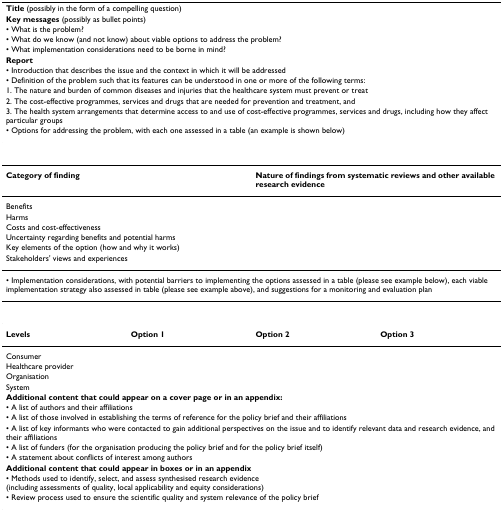
<table><thead><tr><td colspan="4"><b>Title (possibly in the form of a compelling question)</b></td></tr><tr><td colspan="4"><b>Key messages (possibly as bullet points)</b></td></tr><tr><td colspan="4"><b>• What is the problem?</b></td></tr><tr><td colspan="4"><b>• What do we know (and not know) about viable options to address the problem?</b></td></tr><tr><td colspan="4"><b>• What implementation considerations need to be borne in mind?</b></td></tr><tr><td colspan="4"><b>Report</b></td></tr><tr><td colspan="4"><b>• Introduction that describes the issue and the context in which it will be addressed</b></td></tr><tr><td colspan="4"><b>• Definition of the problem such that its features can be understood in one or more of the following terms:</b></td></tr><tr><td colspan="4"><b>1. The nature and burden of common diseases and injuries that the healthcare system must prevent or treat</b></td></tr><tr><td colspan="4"><b>2. The cost-effective programmes, services and drugs that are needed for prevention and treatment, and</b></td></tr><tr><td colspan="4"><b>3. The health system arrangements that determine access to and use of cost-effective programmes, services and drugs, including how they affect particular groups</b></td></tr><tr><td colspan="4"><b>• Options for addressing the problem, with each one assessed in a table (an example is shown below)</b></td></tr></thead><tbody><tr><td colspan="2"><b>Category of finding</b></td><td colspan="2"><b>Nature of findings from systematic reviews and other available research evidence</b></td></tr><tr><td colspan="2">Benefits</td><td></td><td></td></tr><tr><td colspan="2">Harms</td><td></td><td></td></tr><tr><td colspan="2">Costs and cost-effectiveness</td><td></td><td></td></tr><tr><td colspan="2">Uncertainty regarding benefits and potential harms</td><td></td><td></td></tr><tr><td colspan="2">Key elements of the option (how and why it works)</td><td></td><td></td></tr><tr><td colspan="2">Stakeholders&#x27; views and experiences</td><td></td><td></td></tr><tr><td colspan="4">• Implementation considerations, with potential barriers to implementing the options assessed in a table (please see example below), each viable implementation strategy also assessed in table (please see example above), and suggestions for a monitoring and evaluation plan</td></tr><tr><td><b>Levels</b></td><td><b>Option 1</b></td><td><b>Option 2</b></td><td><b>Option 3</b></td></tr><tr><td>Consumer</td><td></td><td></td><td></td></tr><tr><td>Healthcare provider</td><td></td><td></td><td></td></tr><tr><td>Organisation</td><td></td><td></td><td></td></tr><tr><td>System</td><td></td><td></td><td></td></tr><tr><td colspan="4"><b>Additional content that could appear on a cover page or in an appendix:</b></td></tr><tr><td colspan="4">• A list of authors and their affiliations</td></tr><tr><td colspan="4">• A list of those involved in establishing the terms of reference for the policy brief and their affiliations</td></tr><tr><td colspan="4">• A list of key informants who were contacted to gain additional perspectives on the issue and to identify relevant data and research evidence, and their affiliations</td></tr><tr><td colspan="4">• A list of funders (for the organisation producing the policy brief and for the policy brief itself)</td></tr><tr><td colspan="4">• A statement about conflicts of interest among authors</td></tr><tr><td colspan="4"><b>Additional content that could appear in boxes or in an appendix</b></td></tr><tr><td colspan="4">• Methods used to identify, select, and assess synthesised research evidence (including assessments of quality, local applicability and equity considerations)</td></tr><tr><td colspan="4">• Review process used to ensure the scientific quality and system relevance of the policy brief</td></tr></tbody></table>